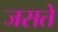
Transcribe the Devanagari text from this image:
जसते